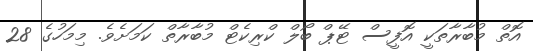
އޮތް މުބާރާތަކީ އޮފީސް ޓޭޕް ބޯލް ކްރިކެޓް މުބާރާތް ކަމަށެވެ. މިމަހުގެ 28